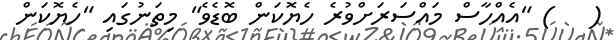
(   ) "އެއްހާސް މައްސަރަށްވުރެ ހެޔޮކަން ބޮޑެވެ" މިތަނުގައި "ހެޔޮކަން